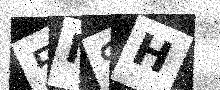
Text: 5NSH